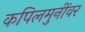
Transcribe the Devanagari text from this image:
कपिलमुनींवर